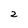
Character: 2